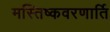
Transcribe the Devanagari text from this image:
मस्तिष्कवरणार्ति